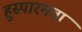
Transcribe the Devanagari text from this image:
हुस्पारमचा